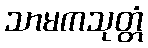
သာမကသုတ္တံ